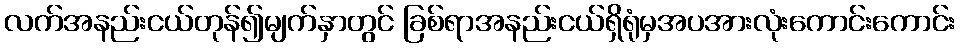
လက်အနည်းငယ်တုန်၍မျက်နှာတွင် ခြစ်ရာအနည်းငယ်ရှိရုံမှအပအားလုံးကောင်းကောင်း